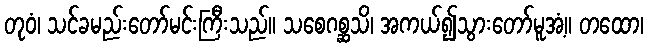
တုဝံ၊ သင်ခမည်းတော်မင်းကြီးသည်။ သစေဂစ္ဆသိ၊ အကယ်၍သွားတော်မူအံ့။ တထော၊